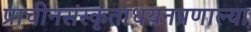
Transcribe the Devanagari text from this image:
प्राचीनसंस्कृताधयनप्रणाल्या